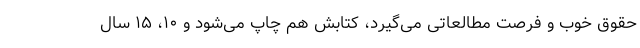
حقوق خوب و فرصت مطالعاتی می‌گیرد، کتابش هم چاپ می‌شود و ۱۰، ۱۵ سال